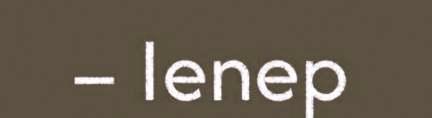
– Ienep